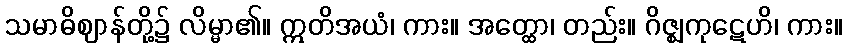
သမာဓိဈာန်တို့၌ လိမ္မာ၏။ ဣတိအယံ၊ ကား။ အတ္ထော၊ တည်း။ ဂိဇ္ဈကုဋေဟိ၊ ကား။